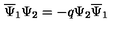
\overline { { \Psi } } _ { 1 } \Psi _ { 2 } = - q \Psi _ { 2 } \overline { { \Psi } } _ { 1 }